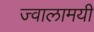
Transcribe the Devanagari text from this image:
ज्‍वालामयी